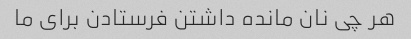
هر چی نان مانده داشتن فرستادن برای ما